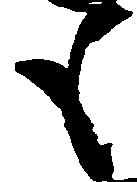
も